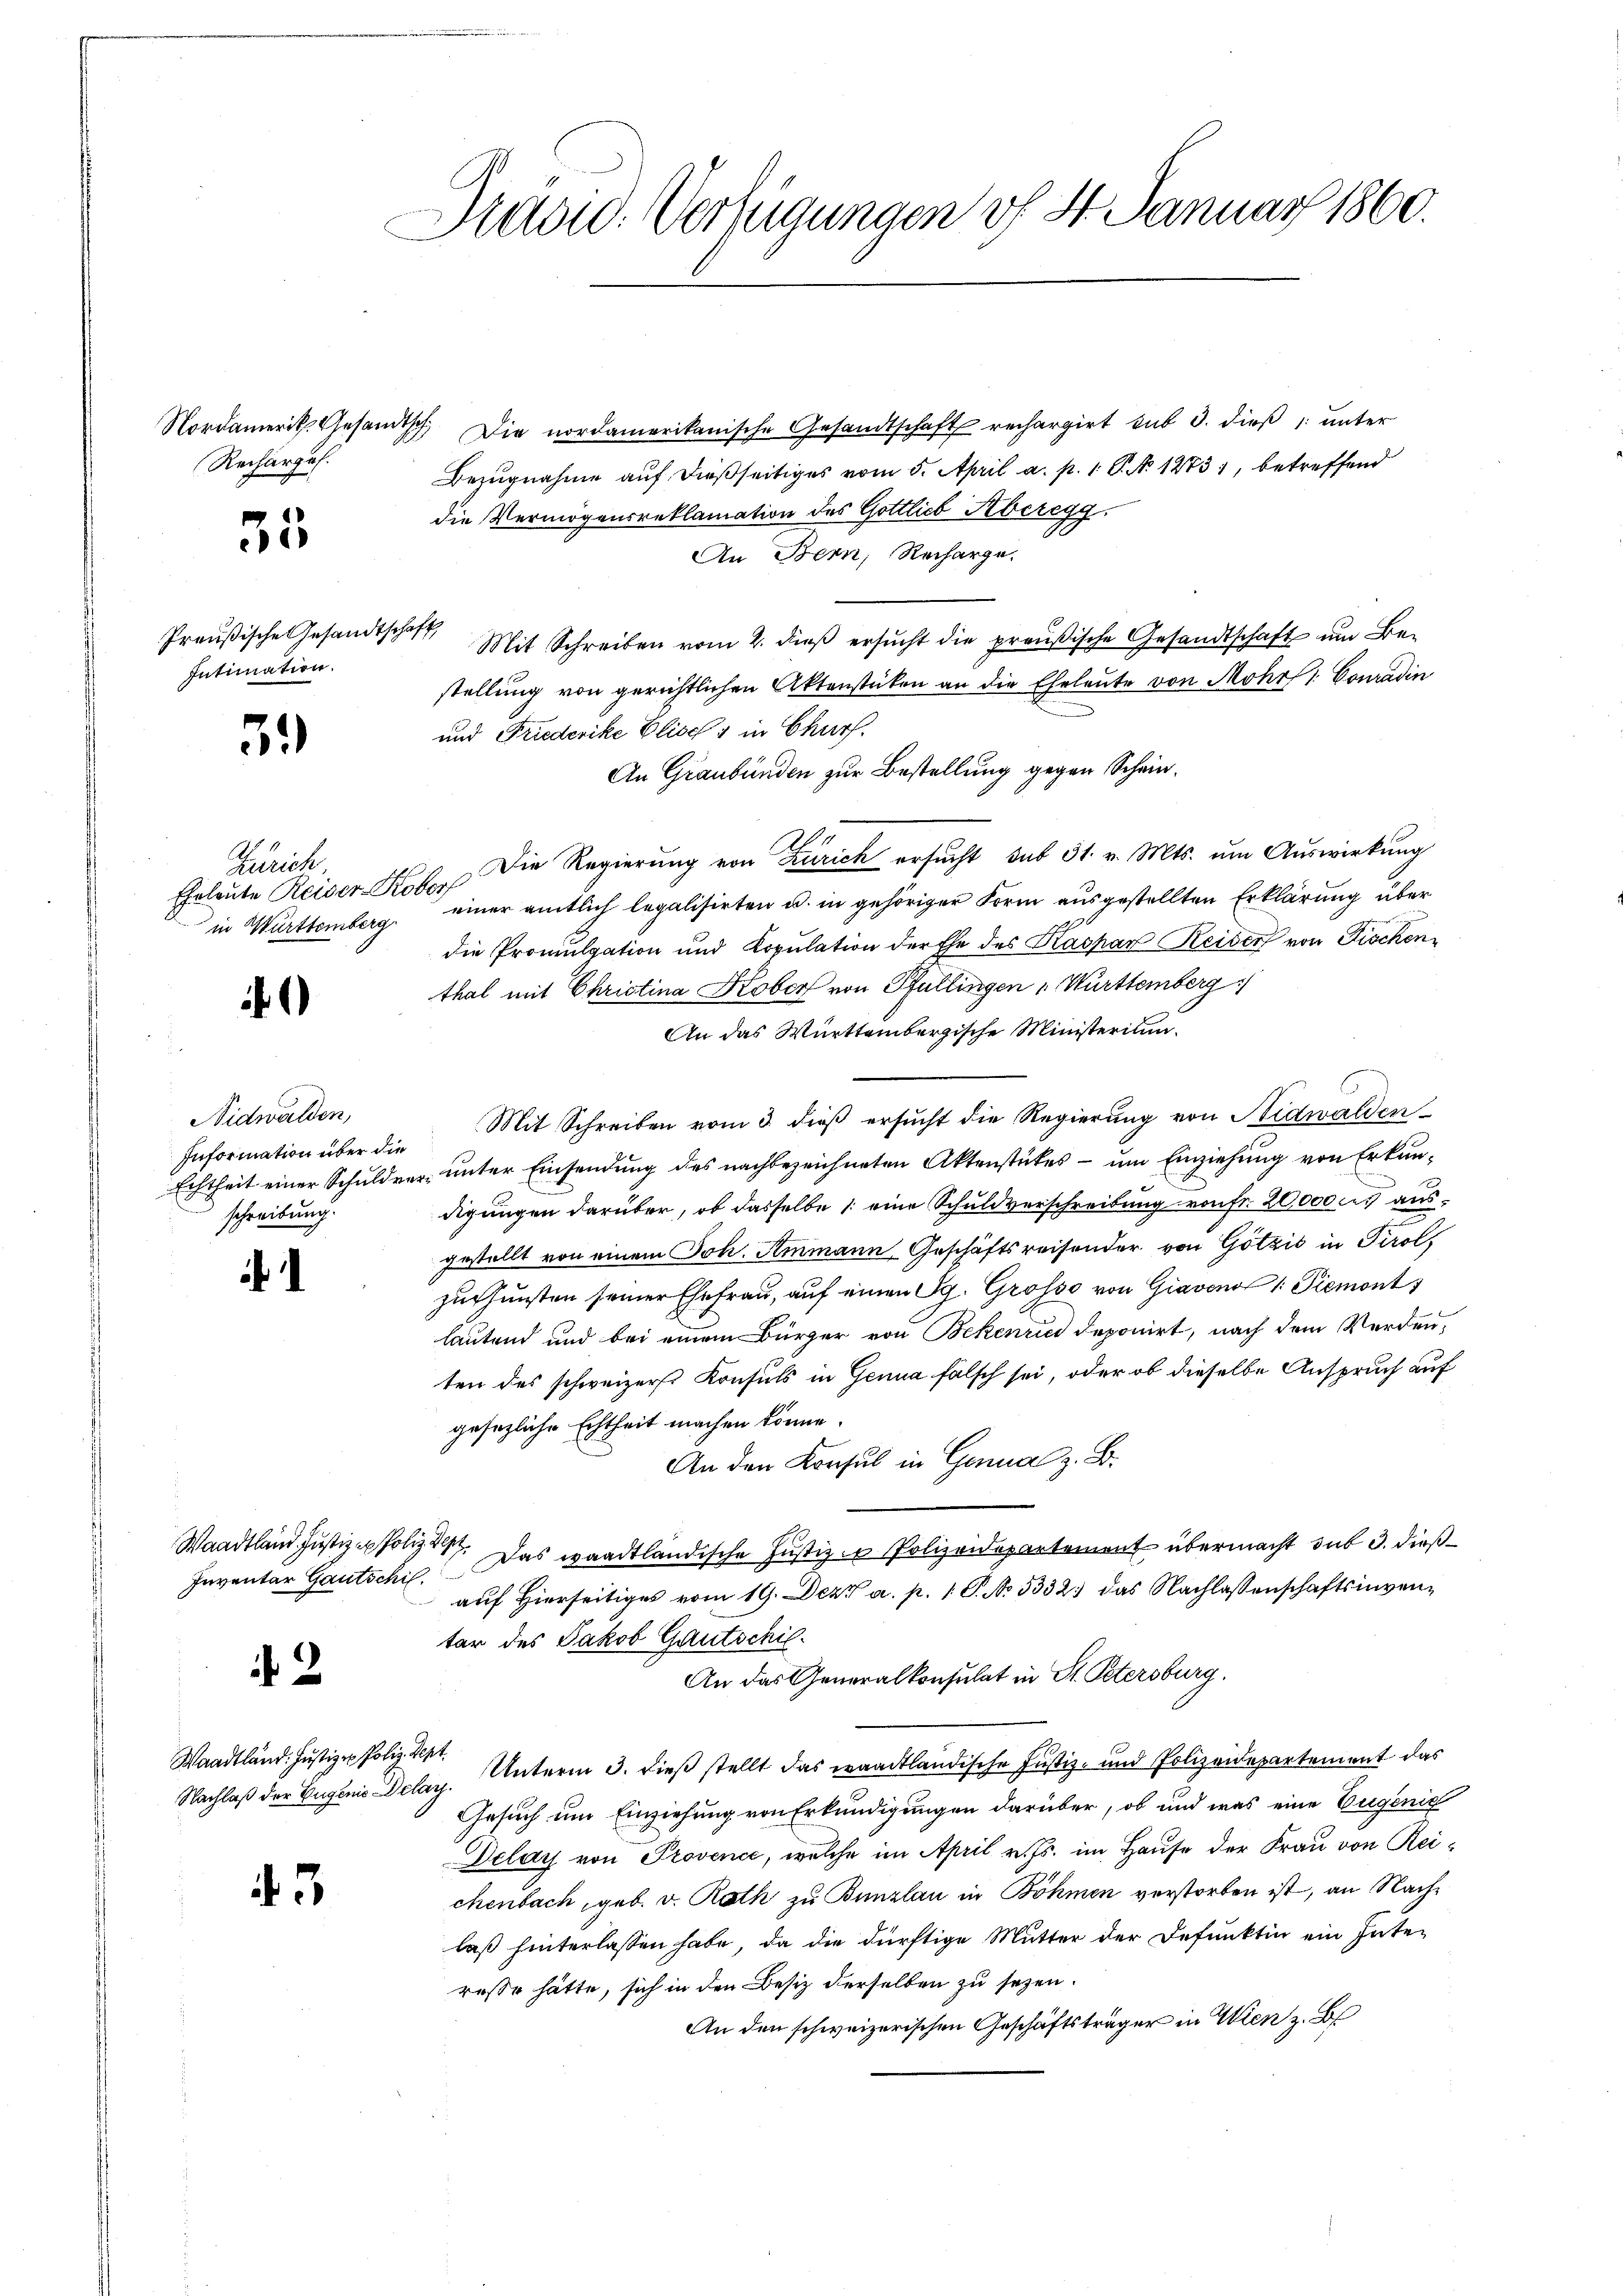
Recharges.

35

Preußische Gesandtschaft
Intimation.

32)

Zürich
Eheleute Reiser-Kobor

i

Nidwalden,
Information über die
schreibung.

Inventar Gautschil

2

Waadtländ. Justizen Poliz. Sept.

43

Prävid. Verfügungen v. 4. Januar 1860.

Nordamerik. Gesamtsch. Die nordamerikanische Gesandtschaft rechargirt sub 3. dieß, unter
Bezugnahme auf dießseitiges vom 5. April a. p. 1 P. Nr. 1273), betreffend
die Vermögensreklamation des Gottlich Aberegg,
An Bern, Recharge.
Mit Schreiben vom 2. dieß ersucht die preußische Gesandtschaft um Bestellung von gerichtlichen Aktenstücken an die Eheleute von Mohrs 1. Conradin
und Friederike Elisch in Churf.
An Graubünden zur Bestellung gegen Schein¬
Die Regierung von Zürich ersŭcht sub 31. v. Mts. um Auswirkung
in Württemberg. einer amtlich legalisirten u. in gehöriger Form ausgestellten Erklärung über
die Promulgation und Kopulation der Ehe des Kaspar Reider von Fischen
thal mit Christina Kober von Pfullingen " Württemberg
An das Württembergische Ministeritum¬
Mit Schreiben vom 3. dieß ersucht die Regierung von Nidwalden
Echtheit einer Schuldner unter Einsendung des nachbezeichneten Aktenstückes - um Einziehung von Erkundigungen darüber, ob dasselbe 1. eine Schuldverschreibung von fr. 20000 M ausgestellt von einem Joh. Ammann Geschäftsreisender von Götzić in Tirol,
zuthunsten seiner Ehefrau, auf einen Sg. Grosso von Giaven /: Piemont
lautend und bei einem Bürger von Bekenries deponirt, nach dem Verdenten des schweizers Konsuls in Genua fälsch sei, oder ob dieselbe Anspruch auf
gesezliche Echtheit machen könne.
An den Konsul in Genua z. B.
Waadtland Justiz erfolgt. Das waadtländische Justiz - Polizeidepartement übermacht sub 3. dießauf Hierseitiges vom 19. Dez. a. p. 1 S. No 3332 das Nachlassenschaftsinventar des Jakob Gautschil¬
An das Generalkonsulat in St. Petersburg.
Nachlaß der Eugenie Delaz. Unterm 3. dieß stellt das waadtländische Justiz- und Polizeidepartement das
Gesuch um Einziehung von Erkundigungen darüber, ob und was eine Eugenie
Delay von Provence, welche im April v. Js. im Hause der Frau von Reichenbach, geb. v. Rath zu Bunzlau in Böhmen verstorben ist, an Nachlaß hinterlassen habe, da die dürftige Mutter der Defunktin ein Interesse hätte, sich in den Besitz derselben zu sehen.
An den schweizerischen Geschäftsträger in Wien z. B